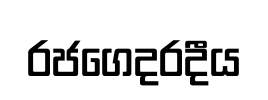
රජගෙදරදීය